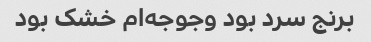
برنج سرد بود و‌جوجه‌ام خشک بود